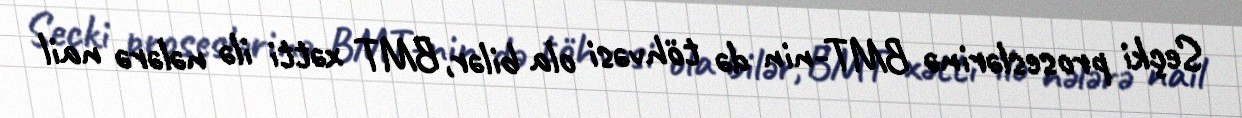
Seçki proseslərinə BMT-nin də töhvəsi ola bilər, BMT xətti ilə nələrə nail